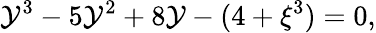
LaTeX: {{\cal{Y}}}^{3}-5{{\cal{Y}}}^{2}+8{\cal{Y}}-(4+\xi^{3})=0,